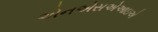
એનએસએઆઇએ